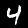
Label: 4